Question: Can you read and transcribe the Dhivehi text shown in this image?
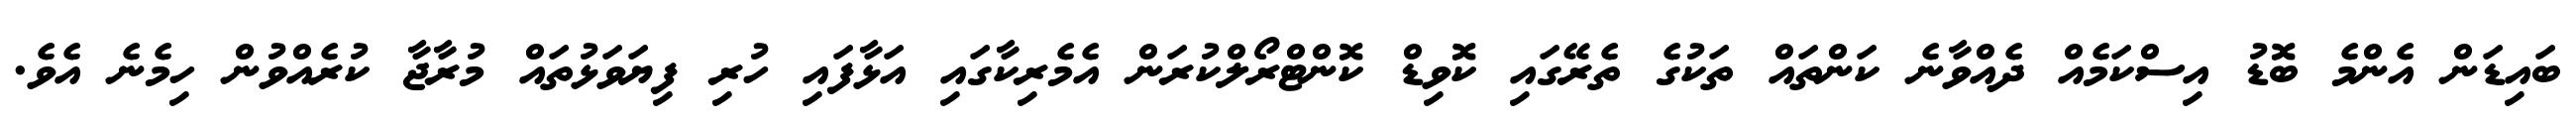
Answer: ބައިޑަން އެންމެ ބޮޑު އިސްކަމެއް ދެއްވާނެ ކަންތައް ތަކުގެ ތެރޭގައި ކޮވިޑް ކޮންޓްރޯލްކުރަން އެމެރިކާގައި އަޅާފައި ހުރި ފިޔަވަޅުތައް މުރާޖާ ކުރެއްވުން ހިމެނެ އެވެ.